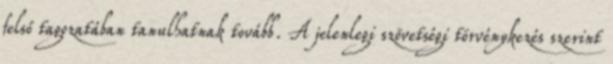
felső tagozatában tanulhatnak tovább. A jelenlegi szövetségi törvénykezés szerint